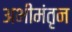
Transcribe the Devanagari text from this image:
अभीमंतृन